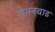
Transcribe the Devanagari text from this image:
वेतनवाढ